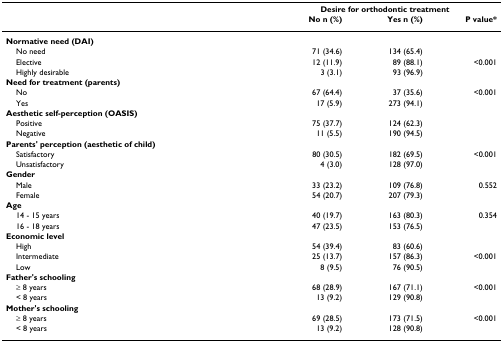
<table><thead><tr><td>[EMPTY_CELL]</td><td colspan="3"><b>Desire for orthodontic treatment</b></td></tr><tr><td>[EMPTY_CELL]</td><td><b>No n (%)</b></td><td><b>Yes n (%)</b></td><td><b>P value*</b></td></tr></thead><tbody><tr><td><b>Normative need (DAI)</b></td><td>[EMPTY_CELL]</td><td>[EMPTY_CELL]</td><td>[EMPTY_CELL]</td></tr><tr><td> No need</td><td>71 (34.6)</td><td>134 (65.4)</td><td>[EMPTY_CELL]</td></tr><tr><td> Elective</td><td>12 (11.9)</td><td>89 (88.1)</td><td>&lt;0.001</td></tr><tr><td> Highly desirable</td><td>3 (3.1)</td><td>93 (96.9)</td><td>[EMPTY_CELL]</td></tr><tr><td><b>Need for treatment (parents)</b></td><td>[EMPTY_CELL]</td><td>[EMPTY_CELL]</td><td>[EMPTY_CELL]</td></tr><tr><td> No</td><td>67 (64.4)</td><td>37 (35.6)</td><td>&lt;0.001</td></tr><tr><td> Yes</td><td>17 (5.9)</td><td>273 (94.1)</td><td>[EMPTY_CELL]</td></tr><tr><td><b>Aesthetic self-perception (OASIS)</b></td><td>[EMPTY_CELL]</td><td>[EMPTY_CELL]</td><td>[EMPTY_CELL]</td></tr><tr><td> Positive</td><td>75 (37.7)</td><td>124 (62.3)</td><td>[EMPTY_CELL]</td></tr><tr><td> Negative</td><td>11 (5.5)</td><td>190 (94.5)</td><td>[EMPTY_CELL]</td></tr><tr><td><b>Parents' perception (aesthetic of child)</b></td><td>[EMPTY_CELL]</td><td>[EMPTY_CELL]</td><td>[EMPTY_CELL]</td></tr><tr><td> Satisfactory</td><td>80 (30.5)</td><td>182 (69.5)</td><td>&lt;0.001</td></tr><tr><td> Unsatisfactory</td><td>4 (3.0)</td><td>128 (97.0)</td><td>[EMPTY_CELL]</td></tr><tr><td><b>Gender</b></td><td>[EMPTY_CELL]</td><td>[EMPTY_CELL]</td><td>[EMPTY_CELL]</td></tr><tr><td> Male</td><td>33 (23.2)</td><td>109 (76.8)</td><td>0.552</td></tr><tr><td> Female</td><td>54 (20.7)</td><td>207 (79.3)</td><td>[EMPTY_CELL]</td></tr><tr><td><b>Age</b></td><td>[EMPTY_CELL]</td><td>[EMPTY_CELL]</td><td>[EMPTY_CELL]</td></tr><tr><td> 14 - 15 years</td><td>40 (19.7)</td><td>163 (80.3)</td><td>0.354</td></tr><tr><td> 16 - 18 years</td><td>47 (23.5)</td><td>153 (76.5)</td><td>[EMPTY_CELL]</td></tr><tr><td><b>Economic level</b></td><td>[EMPTY_CELL]</td><td>[EMPTY_CELL]</td><td>[EMPTY_CELL]</td></tr><tr><td> High</td><td>54 (39.4)</td><td>83 (60.6)</td><td>[EMPTY_CELL]</td></tr><tr><td> Intermediate</td><td>25 (13.7)</td><td>157 (86.3)</td><td>&lt;0.001</td></tr><tr><td> Low</td><td>8 (9.5)</td><td>76 (90.5)</td><td>[EMPTY_CELL]</td></tr><tr><td><b>Father's schooling</b></td><td>[EMPTY_CELL]</td><td>[EMPTY_CELL]</td><td>[EMPTY_CELL]</td></tr><tr><td> ≥ 8 years</td><td>68 (28.9)</td><td>167 (71.1)</td><td>&lt;0.001</td></tr><tr><td> &lt; 8 years</td><td>13 (9.2)</td><td>129 (90.8)</td><td>[EMPTY_CELL]</td></tr><tr><td><b>Mother's schooling</b></td><td>[EMPTY_CELL]</td><td>[EMPTY_CELL]</td><td>[EMPTY_CELL]</td></tr><tr><td> ≥ 8 years</td><td>69 (28.5)</td><td>173 (71.5)</td><td>&lt;0.001</td></tr><tr><td> &lt; 8 years</td><td>13 (9.2)</td><td>128 (90.8)</td><td>[EMPTY_CELL]</td></tr></tbody></table>